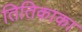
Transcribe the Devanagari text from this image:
तितिकाका